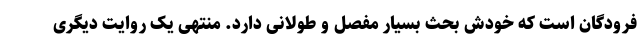
فرودگان است که خودش بحث بسیار مفصل و طولانی دارد. منتهی یک روایت دیگری